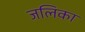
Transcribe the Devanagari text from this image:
जलिका